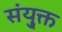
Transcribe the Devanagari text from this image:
संयु्क्त